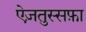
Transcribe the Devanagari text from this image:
ऐज़तुस्सफ़ा